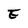
Character: E